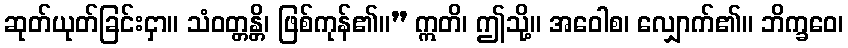
ဆုတ်ယုတ်ခြင်းငှာ။ သံဝတ္တန္တိ၊ ဖြစ်ကုန်၏။” ဣတိ၊ ဤသို့။ အဝေါစ၊ လျှောက်၏။ ဘိက္ခဝေ၊